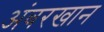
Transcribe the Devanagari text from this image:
अंबरखान